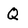
Character: Q